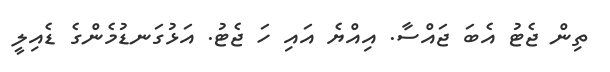
ތިން ޖެޓު އެބަ ޖައްސާ. އިއްޔެ އައި ހަ ޖެޓު. އަޅުގަނޑުމެންގެ ޑެއިލީ